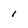
Character: 1